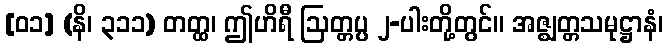
[၀၁] (နိ၊ ၃၁၁) တတ္ထ၊ ဤဟိရီ ဩတ္တပ္ပ ၂-ပါးတို့တွင်။ အဇ္ဈတ္တသမုဋ္ဌာနံ၊